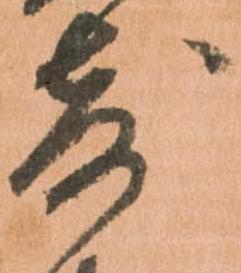
寄